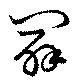
闢